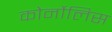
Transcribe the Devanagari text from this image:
कोर्नोलिस